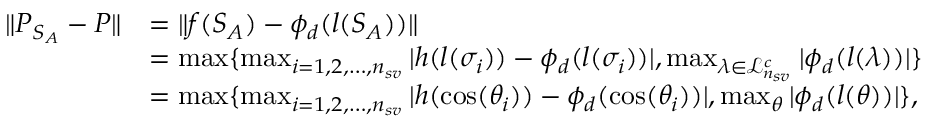
\begin{array} { r l } { \| P _ { S _ { A } } - P \| } & { = \| f ( S _ { A } ) - \phi _ { d } ( l ( S _ { A } ) ) \| } \\ & { = \operatorname* { m a x } \{ \operatorname* { m a x } _ { i = 1 , 2 , \ldots , n _ { s v } } | h ( l ( \sigma _ { i } ) ) - \phi _ { d } ( l ( \sigma _ { i } ) ) | , \operatorname* { m a x } _ { \lambda \in \mathcal { L } _ { n _ { s v } } ^ { c } } | \phi _ { d } ( l ( \lambda ) ) | \} } \\ & { = \operatorname* { m a x } \{ \operatorname* { m a x } _ { i = 1 , 2 , \ldots , n _ { s v } } | h ( \cos ( \theta _ { i } ) ) - \phi _ { d } ( \cos ( \theta _ { i } ) ) | , \operatorname* { m a x } _ { \theta } | \phi _ { d } ( l ( \theta ) ) | \} , } \end{array}